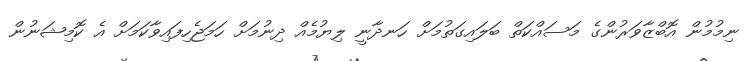
ނިމުމުން އޮބްޒާވަރުންގެ މަސައްކަތް ބަލައިގަތުމަށް ހަނދާނީ ލިޔުމެއް ދިނުމަށް ހަމަޖެހިފައިވާކަމަށް އެ ކޮމިޝަނުން